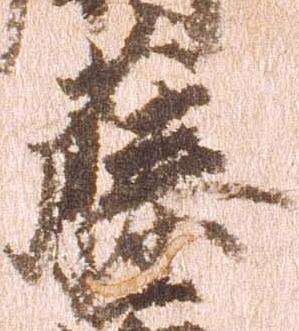
藤